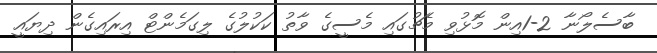
ބާސެލޯނާ 2-1އިން މޮޅުވި މެޗުގައި މެސީގެ ވާތު ކަކުލުގެ ލިގަމެންޓް އިރައިގެން ދިޔައީ